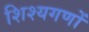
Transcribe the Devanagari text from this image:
शिश्यगणों